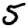
Digit: 5